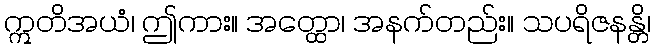
ဣတိအယံ၊ ဤကား။ အတ္ထော၊ အနက်တည်း။ သပရိဇနန္တိ၊